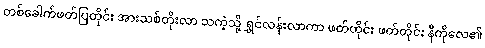
တစ်ခေါက်ဖတ်ပြတိုင်း အားသစ်တိုးလာ သကဲ့သို့ ရွှင်လန်းလာကာ ဖတ်တိုင်း ဖတ်တိုင်း နီကိုလေ၏